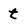
Character: t